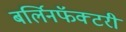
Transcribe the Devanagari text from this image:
बर्लिनफॅक्टरी